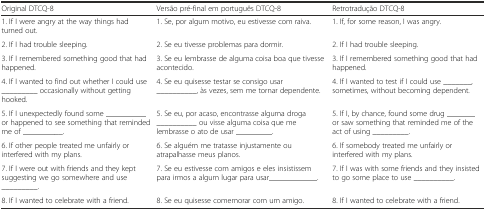
<table><thead><tr><td><b>Original DTCQ-8</b></td><td><b>Versão pré-final em português DTCQ-8</b></td><td><b>Retrotradução DTCQ-8</b></td></tr></thead><tbody><tr><td>1. If I were angry at the way things had turned out.</td><td>1. Se, por algum motivo, eu estivesse com raiva.</td><td>1. If, for some reason, I was angry.</td></tr><tr><td>2. If I had trouble sleeping.</td><td>2. Se eu tivesse problemas para dormir.</td><td>2. If I had trouble sleeping.</td></tr><tr><td>3. If I remembered something good that had happened.</td><td>3. Se eu lembrasse de alguma coisa boa que tivesse acontecido.</td><td>3. If I remembered something good that had happened.</td></tr><tr><td>4. If I wanted to find out whether I could use _________ occasionally without getting hooked.</td><td>4. Se eu quisesse testar se consigo usar __________, às vezes, sem me tornar dependente.</td><td>4. If I wanted to test if I could use _______, sometimes, without becoming dependent.</td></tr><tr><td>5. If I unexpectedly found some __________ or happened to see something that reminded me of __________.</td><td>5. Se eu, por acaso, encontrasse alguma droga __________ ou visse alguma coisa que me lembrasse o ato de usar _________.</td><td>5. If I, by chance, found some drug _______ or saw something that reminded me of the act of using _________.</td></tr><tr><td>6. If other people treated me unfairly or interfered with my plans.</td><td>6. Se alguém me tratasse injustamente ou atrapalhasse meus planos.</td><td>6. If somebody treated me unfairly or interfered with my plans.</td></tr><tr><td>7. If I were out with friends and they kept suggesting we go somewhere and use _________.</td><td>7. Se eu estivesse com amigos e eles insistissem para irmos a algum lugar para usar____________.</td><td>7. If I was with some friends and they insisted to go some place to use __________.</td></tr><tr><td>8. If I wanted to celebrate with a friend.</td><td>8. Se eu quisesse comemorar com um amigo.</td><td>8. If I wanted to celebrate with a friend.</td></tr></tbody></table>